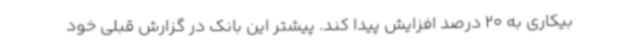
بیکاری به 20 درصد افزایش پیدا کند. پیشتر این بانک در گزارش قبلی خود